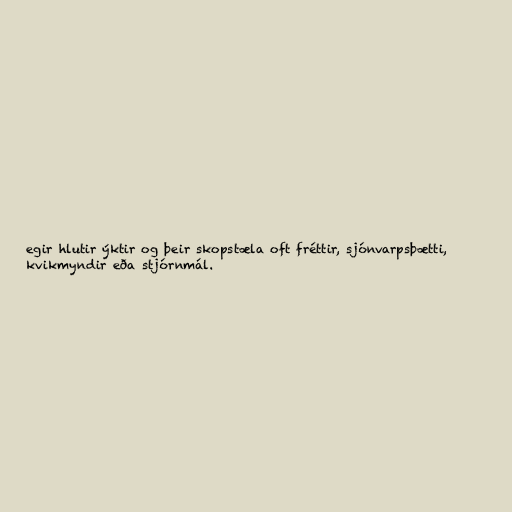
egir hlutir ýktir og þeir skopstæla oft fréttir, sjónvarpsþætti,
kvikmyndir eða stjórnmál.